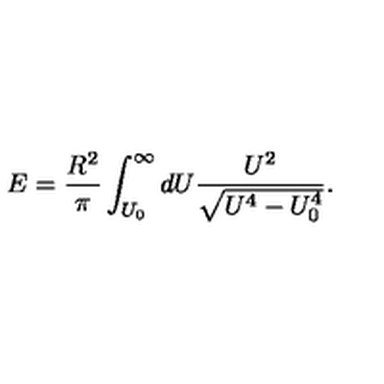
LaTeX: E = \frac { R ^ { 2 } } { \pi } \int _ { U _ { 0 } } ^ { \infty } d U \frac { U ^ { 2 } } { \sqrt { U ^ { 4 } - U _ { 0 } ^ { 4 } } } .